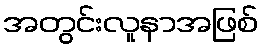
အတွင်းလူနာအဖြစ်